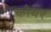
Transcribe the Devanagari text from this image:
कौयर